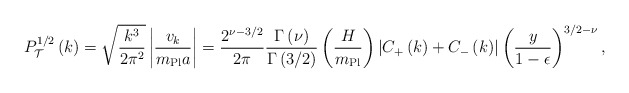
\begin{align*}P_{\cal T}^{1/2}\left(k\right) = \sqrt{k^3 \over 2 \pi^2} \left|{v_k \over m_{\rm Pl} a}\right| = {2^{\nu - 3/2} \over 2 \pi} {\Gamma\left(\nu\right) \over \Gamma\left(3 /2\right)}\left({H \over m_{\rm Pl}}\right) \left|C_{\rm+}\left(k\right) + C_{-}\left(k\right)\right| \left({y \over 1 - \epsilon}\right)^{3/2 - \nu},\end{align*}